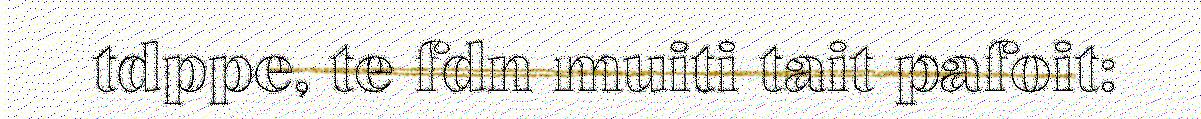
tdppe, te fdn muiti tait pafoit: